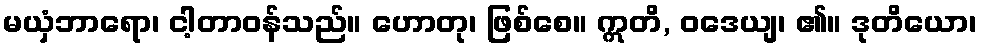
မယှံဘာရော၊ ငါ့တာဝန်သည်။ ဟောတု၊ ဖြစ်စေ။ ဣတိ, ဝဒေယျ၊ ၏။ ဒုတိယော၊